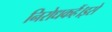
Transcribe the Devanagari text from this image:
निरोधकहैं।इसे